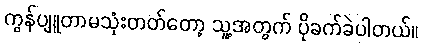
ကွန်ပျူတာမသုံးတတ်တော့ သူ့အတွက် ပိုခက်ခဲပါတယ်။